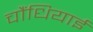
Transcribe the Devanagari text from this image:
चौंधियाई